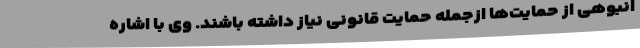
انبوهی از حمایت‌ها ازجمله حمایت قانونی نیاز داشته باشند. وی با اشاره